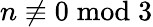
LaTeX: n\not\equiv 0{\bmod{3}}